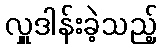
လှူဒါန်းခဲ့သည့်